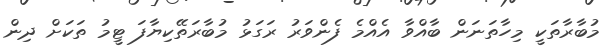
މުބާރާތަކީ މިހާތަނަން ބާއްވާ އެއްމެ ފެންވަރު ރަގަޅު މުބާރަތޭކިޔާފަ ޓީމު ތަކަށް ދިން